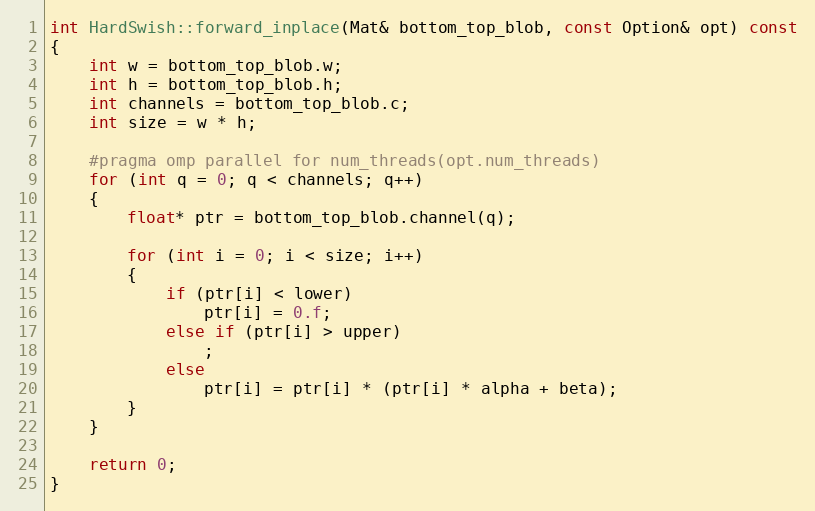
Language: C++
int HardSwish::forward_inplace(Mat& bottom_top_blob, const Option& opt) const
{
    int w = bottom_top_blob.w;
    int h = bottom_top_blob.h;
    int channels = bottom_top_blob.c;
    int size = w * h;

    #pragma omp parallel for num_threads(opt.num_threads)
    for (int q = 0; q < channels; q++)
    {
        float* ptr = bottom_top_blob.channel(q);

        for (int i = 0; i < size; i++)
        {
            if (ptr[i] < lower)
                ptr[i] = 0.f;
            else if (ptr[i] > upper)
                ;
            else
                ptr[i] = ptr[i] * (ptr[i] * alpha + beta);
        }
    }

    return 0;
}